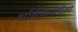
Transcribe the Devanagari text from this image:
शनिजयंतीला